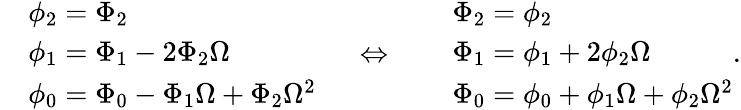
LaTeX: \begin{array}{rl}&{\phi_{2}=\Phi_{2}}\\ &{\phi_{1}=\Phi_{1}-2\Phi_{2}\Omega}\\ &{\phi_{0}=\Phi_{0}-\Phi_{1}\Omega+\Phi_{2}\Omega^{2}}\end{array}\quad\; \Leftrightarrow\quad\; \begin{array}{rl}&{\Phi_{2}=\phi_{2}}\\ &{\Phi_{1}=\phi_{1}+2\phi_{2}\Omega}\\ &{\Phi_{0}=\phi_{0}+\phi_{1}\Omega+\phi_{2}\Omega^{2}}\end{array}.